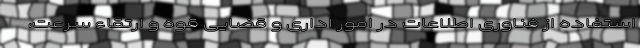
استفاده از فناوری اطلاعات در امور اداری و قضایی قوه و ارتقاء سرعت،